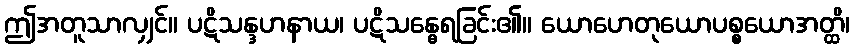
ဤအတူသာလျှင်။ ပဋိသန္ဒဟနာယ၊ ပဋိသန္ဓေရခြင်း၏။ ယောဟေတုယောပစ္စယောအတ္ထိ၊